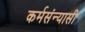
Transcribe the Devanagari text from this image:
कर्मसंन्यासी